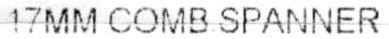
17MM COMB SPANNER